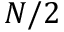
N / 2